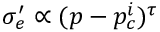
\sigma _ { e } ^ { \prime } \propto ( p - p _ { c } ^ { i } ) ^ { \tau }